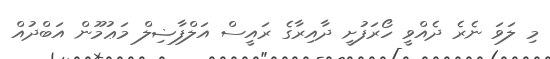
މި ލަވަ ނެރެ ދެއްވީ ހޯރަފުށީ ދާއިރާގެ ރައީސް އަލްފާޟިލް މަޢުމޫން އަބްދުއް